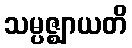
သမ္ပဇ္ဈာယတိ